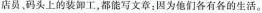
店员码头上的装卸工，都能写文章；因为他们各有各的生活。